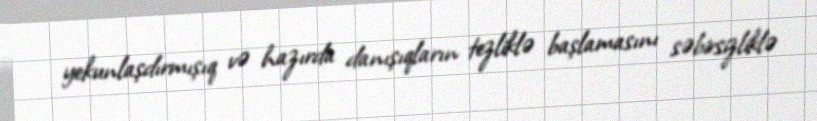
yekunlaşdırmışıq və hazırda danışıqların tezliklə başlamasını səbirsizliklə